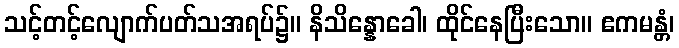
သင့်တင့်လျောက်ပတ်သအရပ်၌။ နိသိန္နောခေါ၊ ထိုင်နေပြီးသော။ ဧကမန္တံ၊